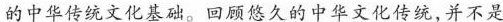
的中华传统文化基础。回顾悠久的中华文化传统，并不是